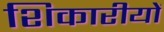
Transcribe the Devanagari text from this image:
शिकारीयों